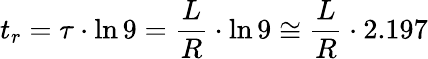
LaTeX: t_{r}=\tau\cdot\ln 9={\frac{L}{R}}\cdot\ln 9\cong{\frac{L}{R}}\cdot 2.197